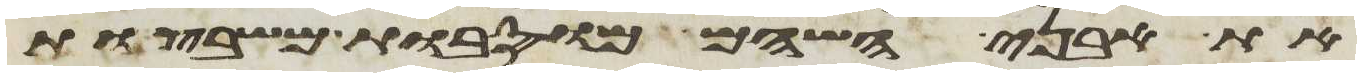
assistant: את אבני השהם מוסבות משבצות